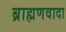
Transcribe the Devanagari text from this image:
ब्राह्मणवादा